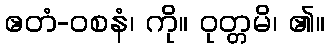
ဧတံ-ဝစနံ၊ ကို။ ဝုတ္တမိ၊ ၏။